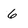
Character: 6